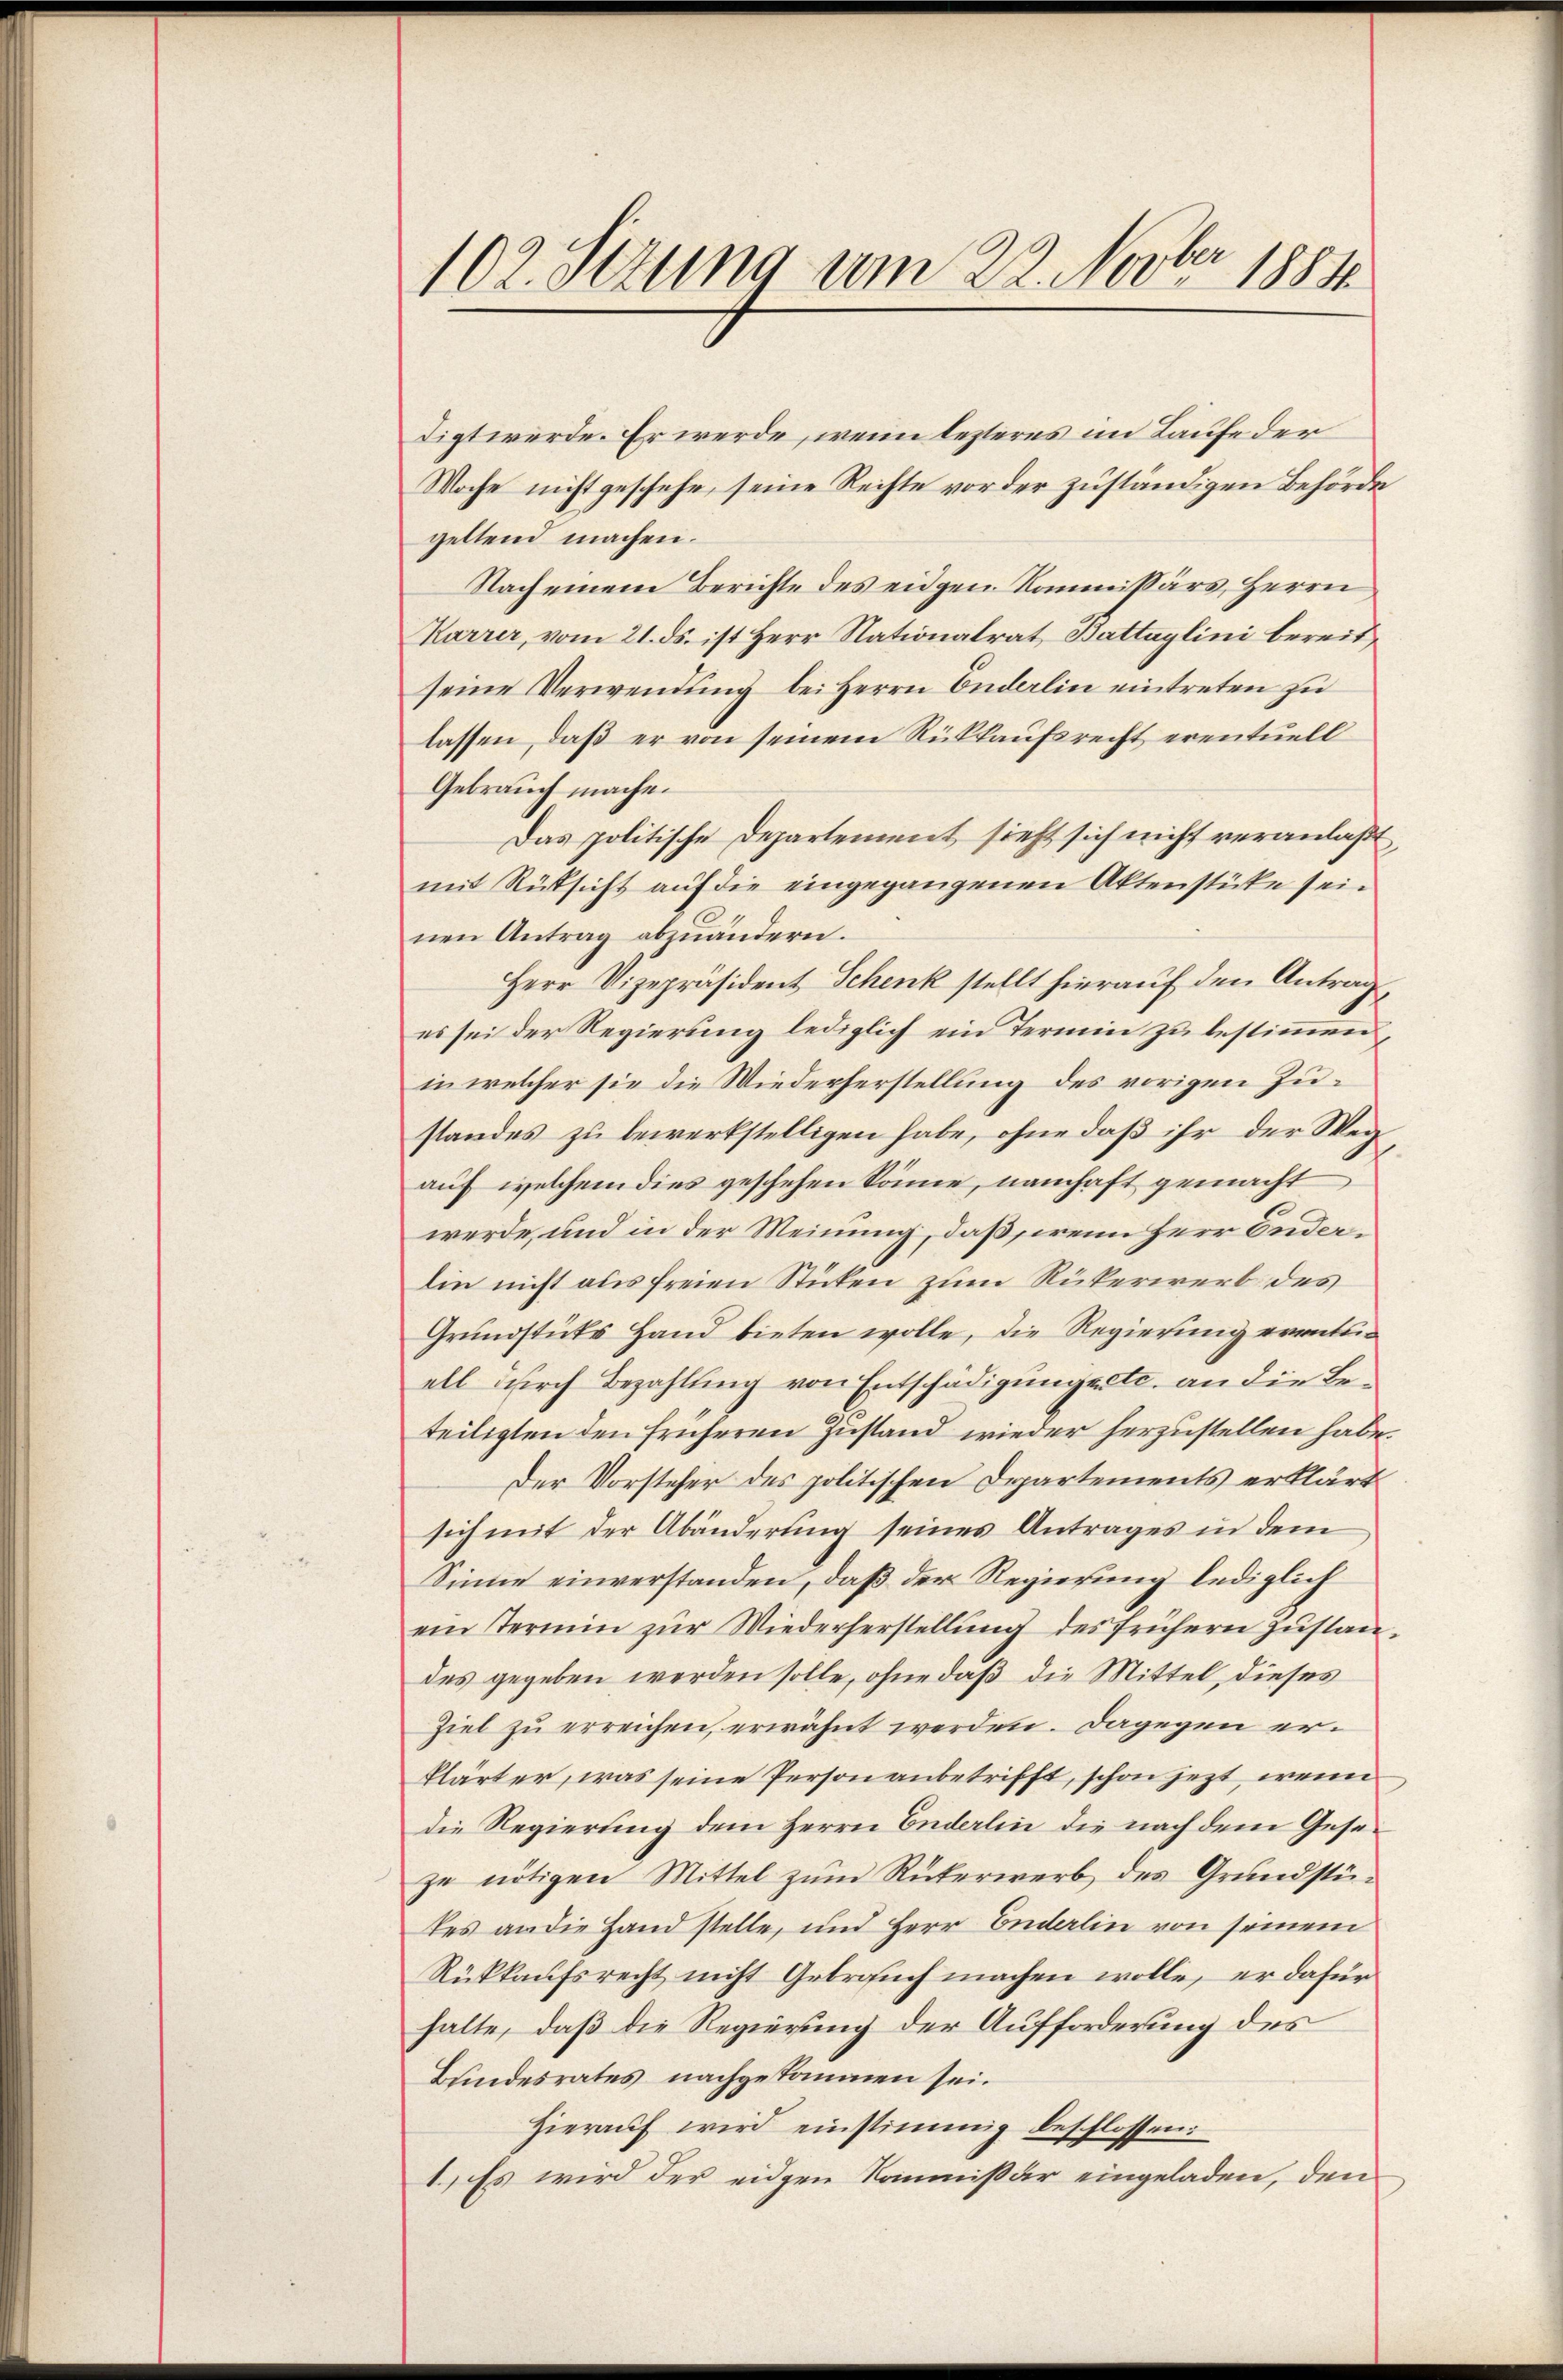
102. Setzung am 22. Novber 1881.

digt werde. Er werde, wenn lezteres im Laufe der
Woche nicht geschehe, seine Rechte vor der zuständigen Behörde
geltend machen.
Nach einem Berichte des eidgen Kommissärs, Herrn
Karrer, vom 21. ds. ist Herr Nationalrat Battaylini bereit
seine Verwendung bei Herrn Enderlin eintreten zu
lassen, daß er von seinem Rückkaufsrecht eventuell
Gebrauch machen
Das politische Departement sieht sich nicht veranlaßt,
mit Rüksicht auf die eingegangenen Aktenstüke seinen Antrag abzuändern.
Herr Vizepräsident Schenk stellt hierauf den Antrag,
es sei der Regierung lediglich ein Termin zu bestimmen,
in welcher sie die Wiederherstellung des vorigen Zustandes zu bewerkstelligen habe, ohne daß ihr der Weg
auf welchem dies geschehen könne, namhaft gemacht
werde, und in der Meinung, daß, wenn Herr Enderlin nicht aus freien Sticken zum Rückerwerb des
Grundstüks Hand bieten wolle, die Regierung eventuall durch Bezahlung von Entschädigung etc. an die Beteiligten den früheren Zustand wieder herzustellen habe.
Der Vorsteher des politischen Departements erklärt
sich mit der Abänderung seines Antrages in dem
Sinne einverstanden, daß der Regierung lediglich
ein Termin zur Wiederherstellung des frühern Zustandes gegeben werden solle, ohne daß die Mittel, dieses
Ziel zu erreichen, erwähnt werden. Dagegen erklärt er, was seine Person anbetrifft, schon jezt, wenn
die Regierung dem Herrn Enderlin die nach dem Geseze nötigen Mittel zum Rüterwerb des Grundstütes an die Hand stelle, und Herr Enderlin von seinem
Rückkaufsrecht nicht Gebrauch machen wolle, er dafür
halte, daß die Regierung der Aufforderung des
Bundesrates nachgekommen sei.
Hierauf wird einstimmig beschlossen:
1.) Es wird der eidgen Kommißär eingeladen, den